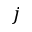
j